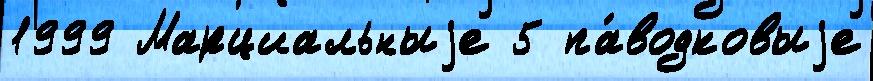
1999 Марциальныjе 5 па́водковыjе